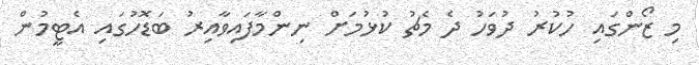
މި ޒޯންގައި ހުކުރު ދުވަހު ދެ މެޗު ކުޅުމަށް ނިންމާފައިވާއިރު ބަޑޮހުގައި އެޓީމުން